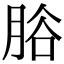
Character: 𦛱